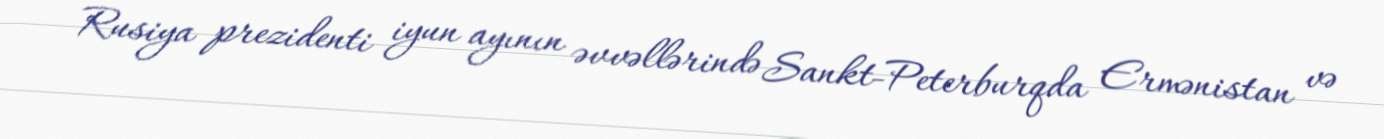
Rusiya prezidenti iyun ayının əvvəllərində Sankt-Peterburqda Ermənistan və